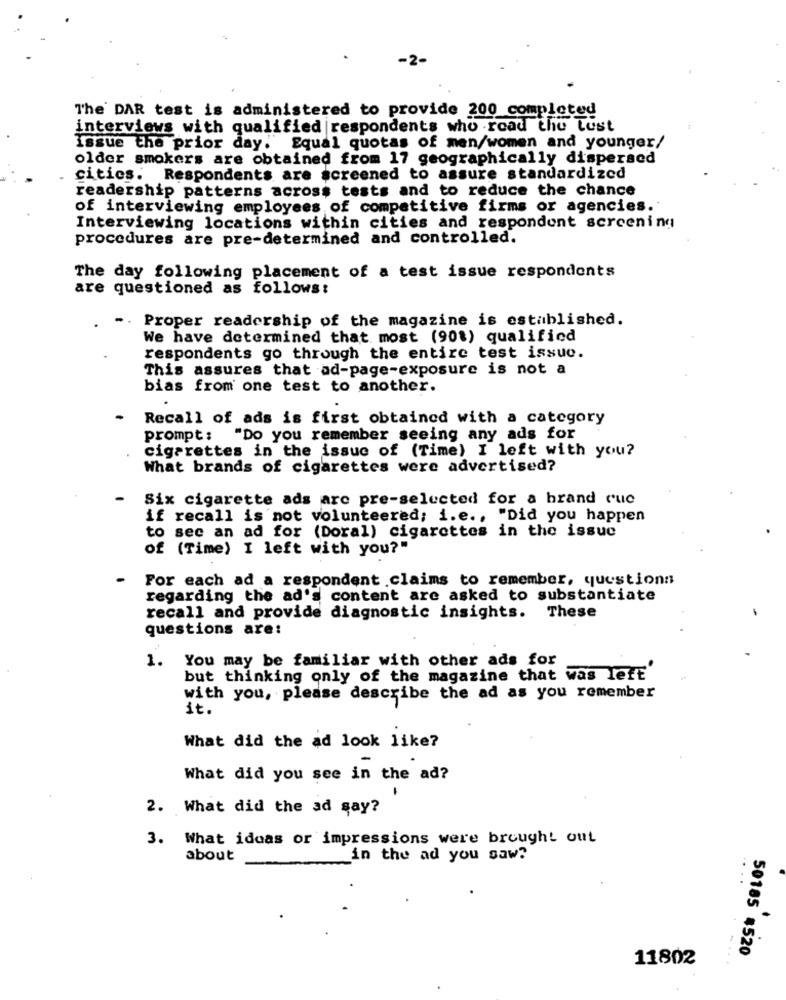
The DAR test is administered to provide 200 completed
interviews with qualified |respondents who road the Lust
issue the prior day." Equal quotas of men/women and younger/
older smokers are obtained from 17 geographically dispersed
cities. Respondents are screened to assure standardized
readership patterns across tests and to reduce the chance
of interviewing employees of competitive firms or agencies.
Interviewing locations within cities and respondent screening
procedures are pre-determined and controlled.
The day following placement of a test issue respondents
are questioned as follows:
Proper readership of the magazine is established.
We have determined that most (90%) qualified
respondents go through the entire test issue.
This assures that ad-page-exposure is not a
bias from one test to another.
Recall of ads is first obtained with a category
prompt :
"Do you remember seeing any ads for
cigarettes in the issue of (Time) I left with you?
What brands of cigarettes were advertised?
Six cigarette ads arc pre-selected for a brand ruc
if recall is not volunteered; i.e ., "Did you happen
to see an ad for (Doral) cigarettes in the issue
of (Time) I left with you?"
For each ad a respondent claims to remember, questions
regarding the ad's content are asked to substantiate
recall and provide diagnostic insights. These
questions are:
1. You may be familiar with other ads for
but thinking only of the magazine that was left'
with you, please describe the ad as you remember
it.
What did the ad look like?
What did you see in the ad?
2. What did the ad say?
3. What idoas or impressions were brought out
about
in the ad you saw?
50185 #520
11802
... .